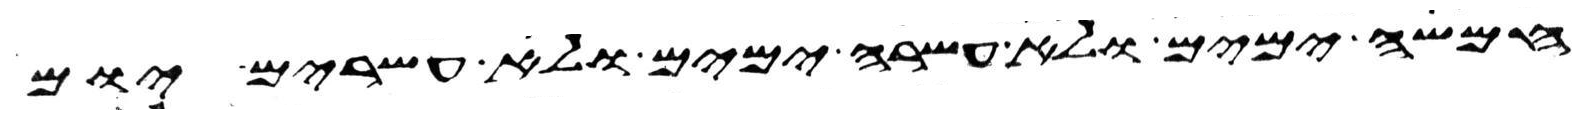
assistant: חמשה ימים ולא עשרה ימים ולא עשרים יום